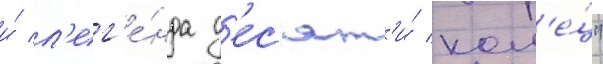
и́ л'ег'е́нда д'ес'ят'и́ кол'е́ц"